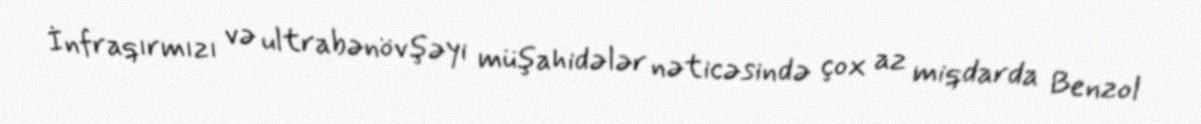
İnfraqırmızı və ultrabənövşəyi müşahidələr nəticəsində çox az miqdarda Benzol